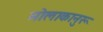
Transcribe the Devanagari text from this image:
मोलाकानुरू